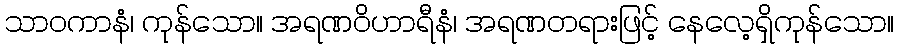
သာဝကာနံ၊ ကုန်သော။ အရဏဝိဟာရီနံ၊ အရဏတရားဖြင့် နေလေ့ရှိကုန်သော။